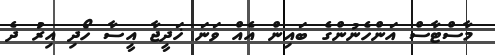
މާސްޓާސް އަންހެނުންގެ ބައިން އެއް ވަނަ ޚަދީޖާ އީސާ ހޯދި އިރު ދެ